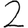
Digit: 2